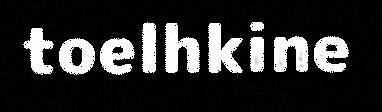
toelhkine